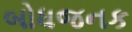
બોધજનક